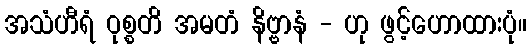
အသံဟီရံ ဝုစ္စတိ အမတံ နိဗ္ဗာနံ - ဟု ဖွင့်ဟောထားပုံ။